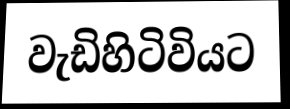
වැඩිහිටිවියට